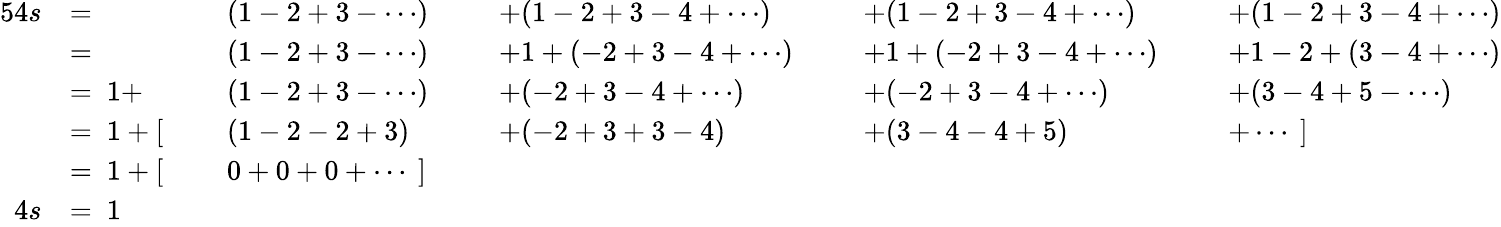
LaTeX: {\begin{array}{rlrlrlrlrl}{{5}4s}&{=}&&{(1-2+3-\cdots)\ \ }&&{+(1-2+3-4+\cdots)}&&{+(1-2+3-4+\cdots)}&&{+(1-2+3-4+\cdots)}\\ &{=}&&{(1-2+3-\cdots)}&&{+1+(-2+3-4+\cdots)\ \ }&&{+1+(-2+3-4+\cdots)\ \ }&&{+1-2+(3-4+\cdots)}\\ &{=\ 1+}&&{(1-2+3-\cdots)}&&{+(-2+3-4+\cdots)}&&{+(-2+3-4+\cdots)}&&{+(3-4+5-\cdots)}\\ &{=\ 1+[\ }&&{(1-2-2+3)}&&{+(-2+3+3-4)}&&{+(3-4-4+5)}&&{+\cdots\ ]}\\ &{=\ 1+[\ }&&{0+0+0+\cdots\ ]}\\ {4s}&{=\ 1}\end{array}}